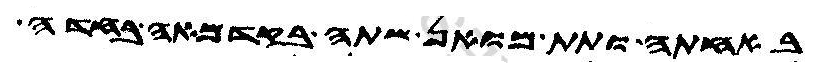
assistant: באחתה ותת מואן שתה בקדמאה בחדה